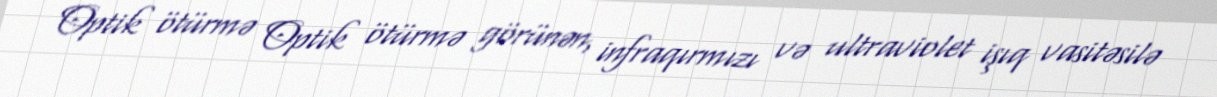
Optik ötürmə Optik ötürmə görünən, infraqırmızı və ultraviolet işıq vasitəsilə